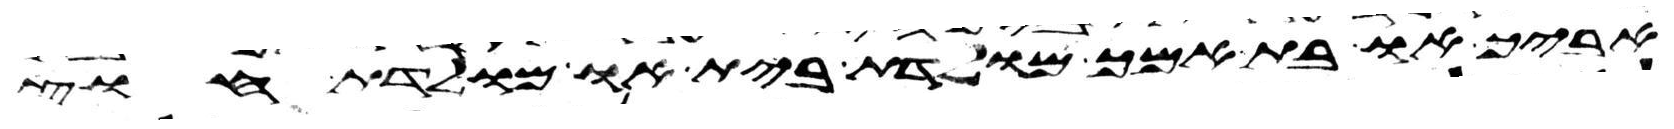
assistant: אביך או בת אמך מולדת בית או מולדת חוץ